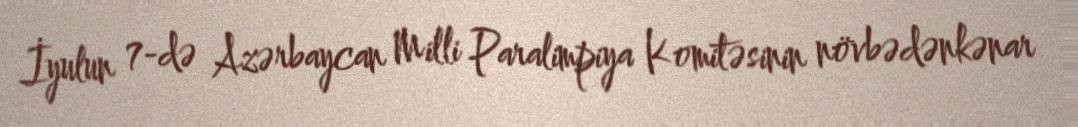
İyulun 7-də Azərbaycan Milli Paralimpiya Komitəsinin növbədənkənar